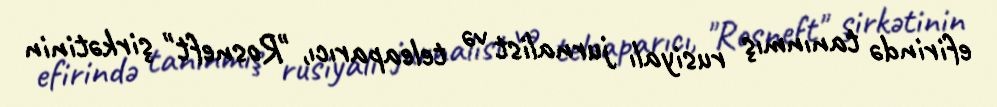
efirində tanınmış rusiyalı jurnalist və teleaparıcı, "Rosneft" şirkətinin